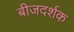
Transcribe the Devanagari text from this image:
बीजदर्शक